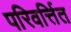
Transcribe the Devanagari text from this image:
परिवर्त्तित